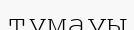
тұмауы